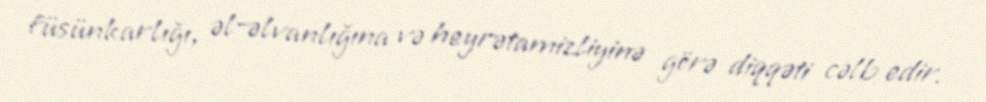
füsünkarlığı, əl-əlvanlığına və heyrətamizliyinə görə diqqəti cəlb edir.